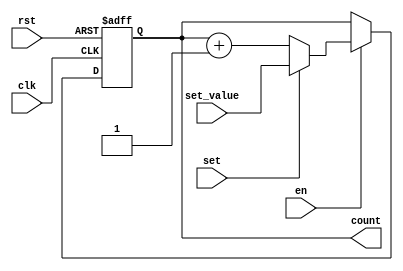
module binary_counter(
    input clk,
    input rst,
    input en,
    input set,
    input [3:0] set_value,
    output reg [3:0] count
);

always @(posedge clk or posedge rst)
begin
    if(rst) begin
        count <= 4'b0;
    end
    else if(en) begin
        if(set) begin
            count <= set_value;
        end
        else begin
            count <= count + 4'b1;
        end
    end
end

endmodule